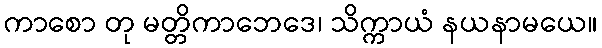
ကာစော တု မတ္တိကာဘေဒေ၊ သိက္ကာယံ နယနာမယေ။